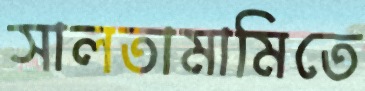
সালতামামিতে